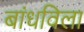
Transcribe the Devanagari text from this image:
बांधविला